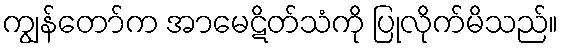
ကျွန်တော်က အာမေဋိတ်သံကို ပြုလိုက်မိသည်။